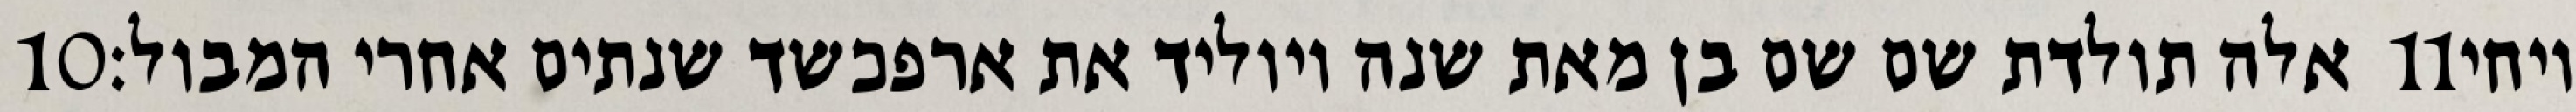
‎10‏ אלה תולדת שם שם בן מאת שנה ויוליד את ארפכשד שנתים אחרי המבול׃ ‎11‏ ויחי